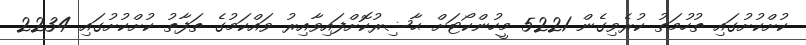
ކުށްކުށުގައި ތުހުމަތު ކުރެވިގެން 5221 މީހުންކޯޓަށް ޙާޟިރުކޮށްފައިވާއިރު ވައްކަމުގެ ތަފާތު ކުށްކުށުގައި 2234